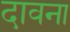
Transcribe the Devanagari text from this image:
दावना